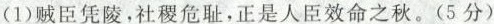
(1)贼臣凭陵，社稷危耻，正是人臣效命之秋。(5分)